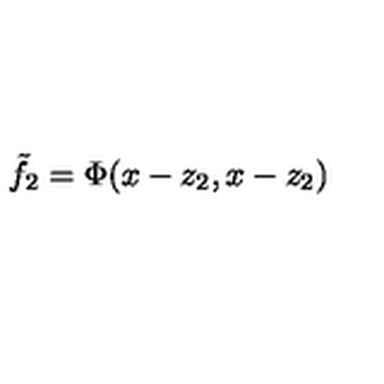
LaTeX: \tilde { f } _ { 2 } = \Phi ( x - z _ { 2 } , x - z _ { 2 } )